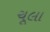
ચૂલા